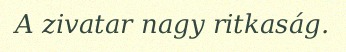
A zivatar nagy ritkaság.